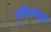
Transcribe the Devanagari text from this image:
अवैधव्यकरं